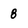
Character: 8